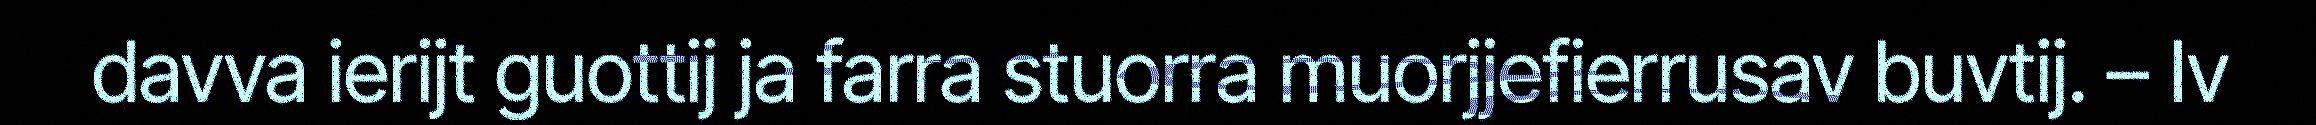
davva ierijt guottij ja farra stuorra muorjjefierrusav buvtij. – Iv